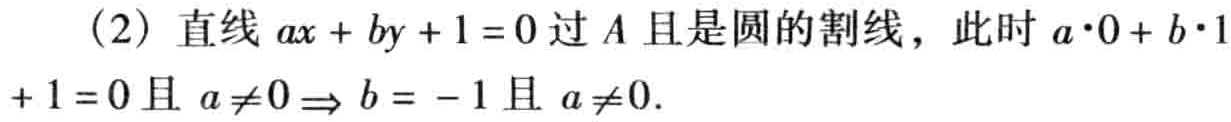
（2）直线 \(ax + by + 1 = 0\) 过 \(A\) 且是圆的割线，此时 \(a\cdot0 + b\cdot1+ 1 = 0\) 且 \(a\neq0\Rightarrow b = - 1\) 且 \(a\neq0\).